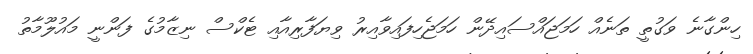
ހިންގާނެ ވަގުތީ ތަނެއް ހަމަޖައްސައިދޭން ހަމަޖެހިފައިވާއިރު ވިޔަފާރިއާއި ޓެކްސް ނިޒާމުގެ ފަންނީ މައުލޫމާތު